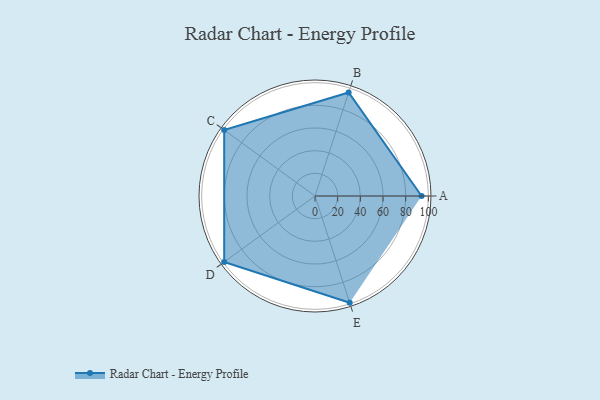
{"axis": {"x": "Skill", "y": "Score"}, "legend": ["Profile"], "data": [{"x": "A", "y": 94.0, "type": "Profile"}, {"x": "B", "y": 96.0, "type": "Profile"}, {"x": "C", "y": 99.0, "type": "Profile"}, {"x": "D", "y": 99, "type": "Profile"}, {"x": "E", "y": 99, "type": "Profile"}]}